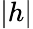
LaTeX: \left|h\right|